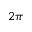
2 \pi